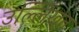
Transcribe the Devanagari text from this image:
उल्लेिखत